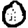
Digit: 0